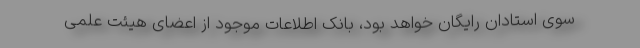
سوی استادان رایگان خواهد بود، بانک اطلاعات موجود از اعضای هیئت علمی